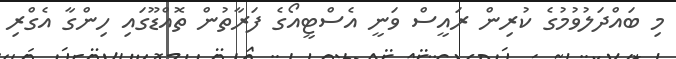
މި ބައްދަލުވުމުގެ ކުރިން ރައީސް ވަނީ އެސްޓީއޯގެ ފަރާތުން ތޮއްޑޫގައި ހިންގާ އެގްރި